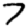
Digit: 7